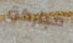
مباركة